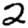
Digit: 2